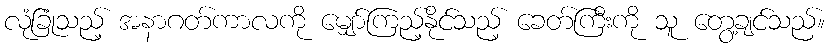
လုံခြုံသည့် အနာဂတ်ကာလကို မျှော်ကြည့်နိုင်သည့် ခေတ်ကြီးကို သူ တွေ့ချင်သည်။